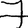
Digit: 7